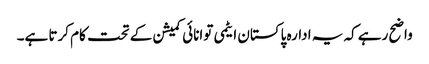
واضح رہے کہ یہ ادارہ پاکستان ایٹمی توانائی کمیشن کے تحت کام کرتا ہے۔